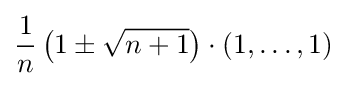
{\frac {1}{n}}\left(1\pm {\sqrt {n+1}}\right)\cdot (1,\dots ,1)